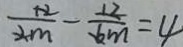
\frac { 1 2 } { 2 m } - \frac { 1 2 } { 6 m } = 4